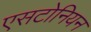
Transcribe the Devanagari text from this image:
एसटोनियन